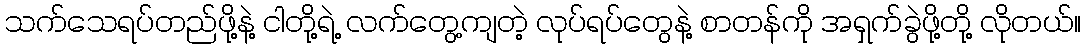
သက်သေရပ်တည်ဖို့နဲ့ ငါတို့ရဲ့ လက်တွေ့ကျတဲ့ လုပ်ရပ်တွေနဲ့ စာတန်ကို အရှက်ခွဲဖို့တို့ လိုတယ်။